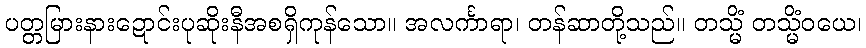
ပတ္တမြားနားဍောင်းပုဆိုးနီအစရှိကုန်သော။ အလင်္ကာရာ၊ တန်ဆာတို့သည်။ တသ္မိံ တသ္မိံဝယေ၊